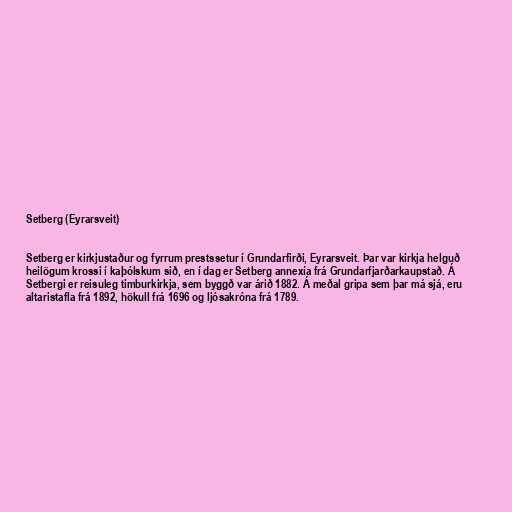
Setberg (Eyrarsveit)

Setberg er kirkjustaður og fyrrum prestssetur í Grundarfirði, Eyrarsveit. Þar var kirkja helguð
heilögum krossi í kaþólskum sið, en í dag er Setberg annexía frá Grundarfjarðarkaupstað. Á
Setbergi er reisuleg timburkirkja, sem byggð var árið 1882. Á meðal gripa sem þar má sjá, eru
altaristafla frá 1892, hökull frá 1696 og ljósakróna frá 1789.